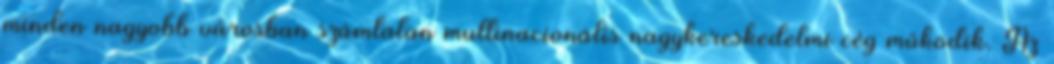
minden nagyobb városban számtalan multinacionális nagykereskedelmi cég működik. Az